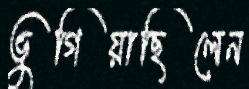
ভুগিয়াছিলেন